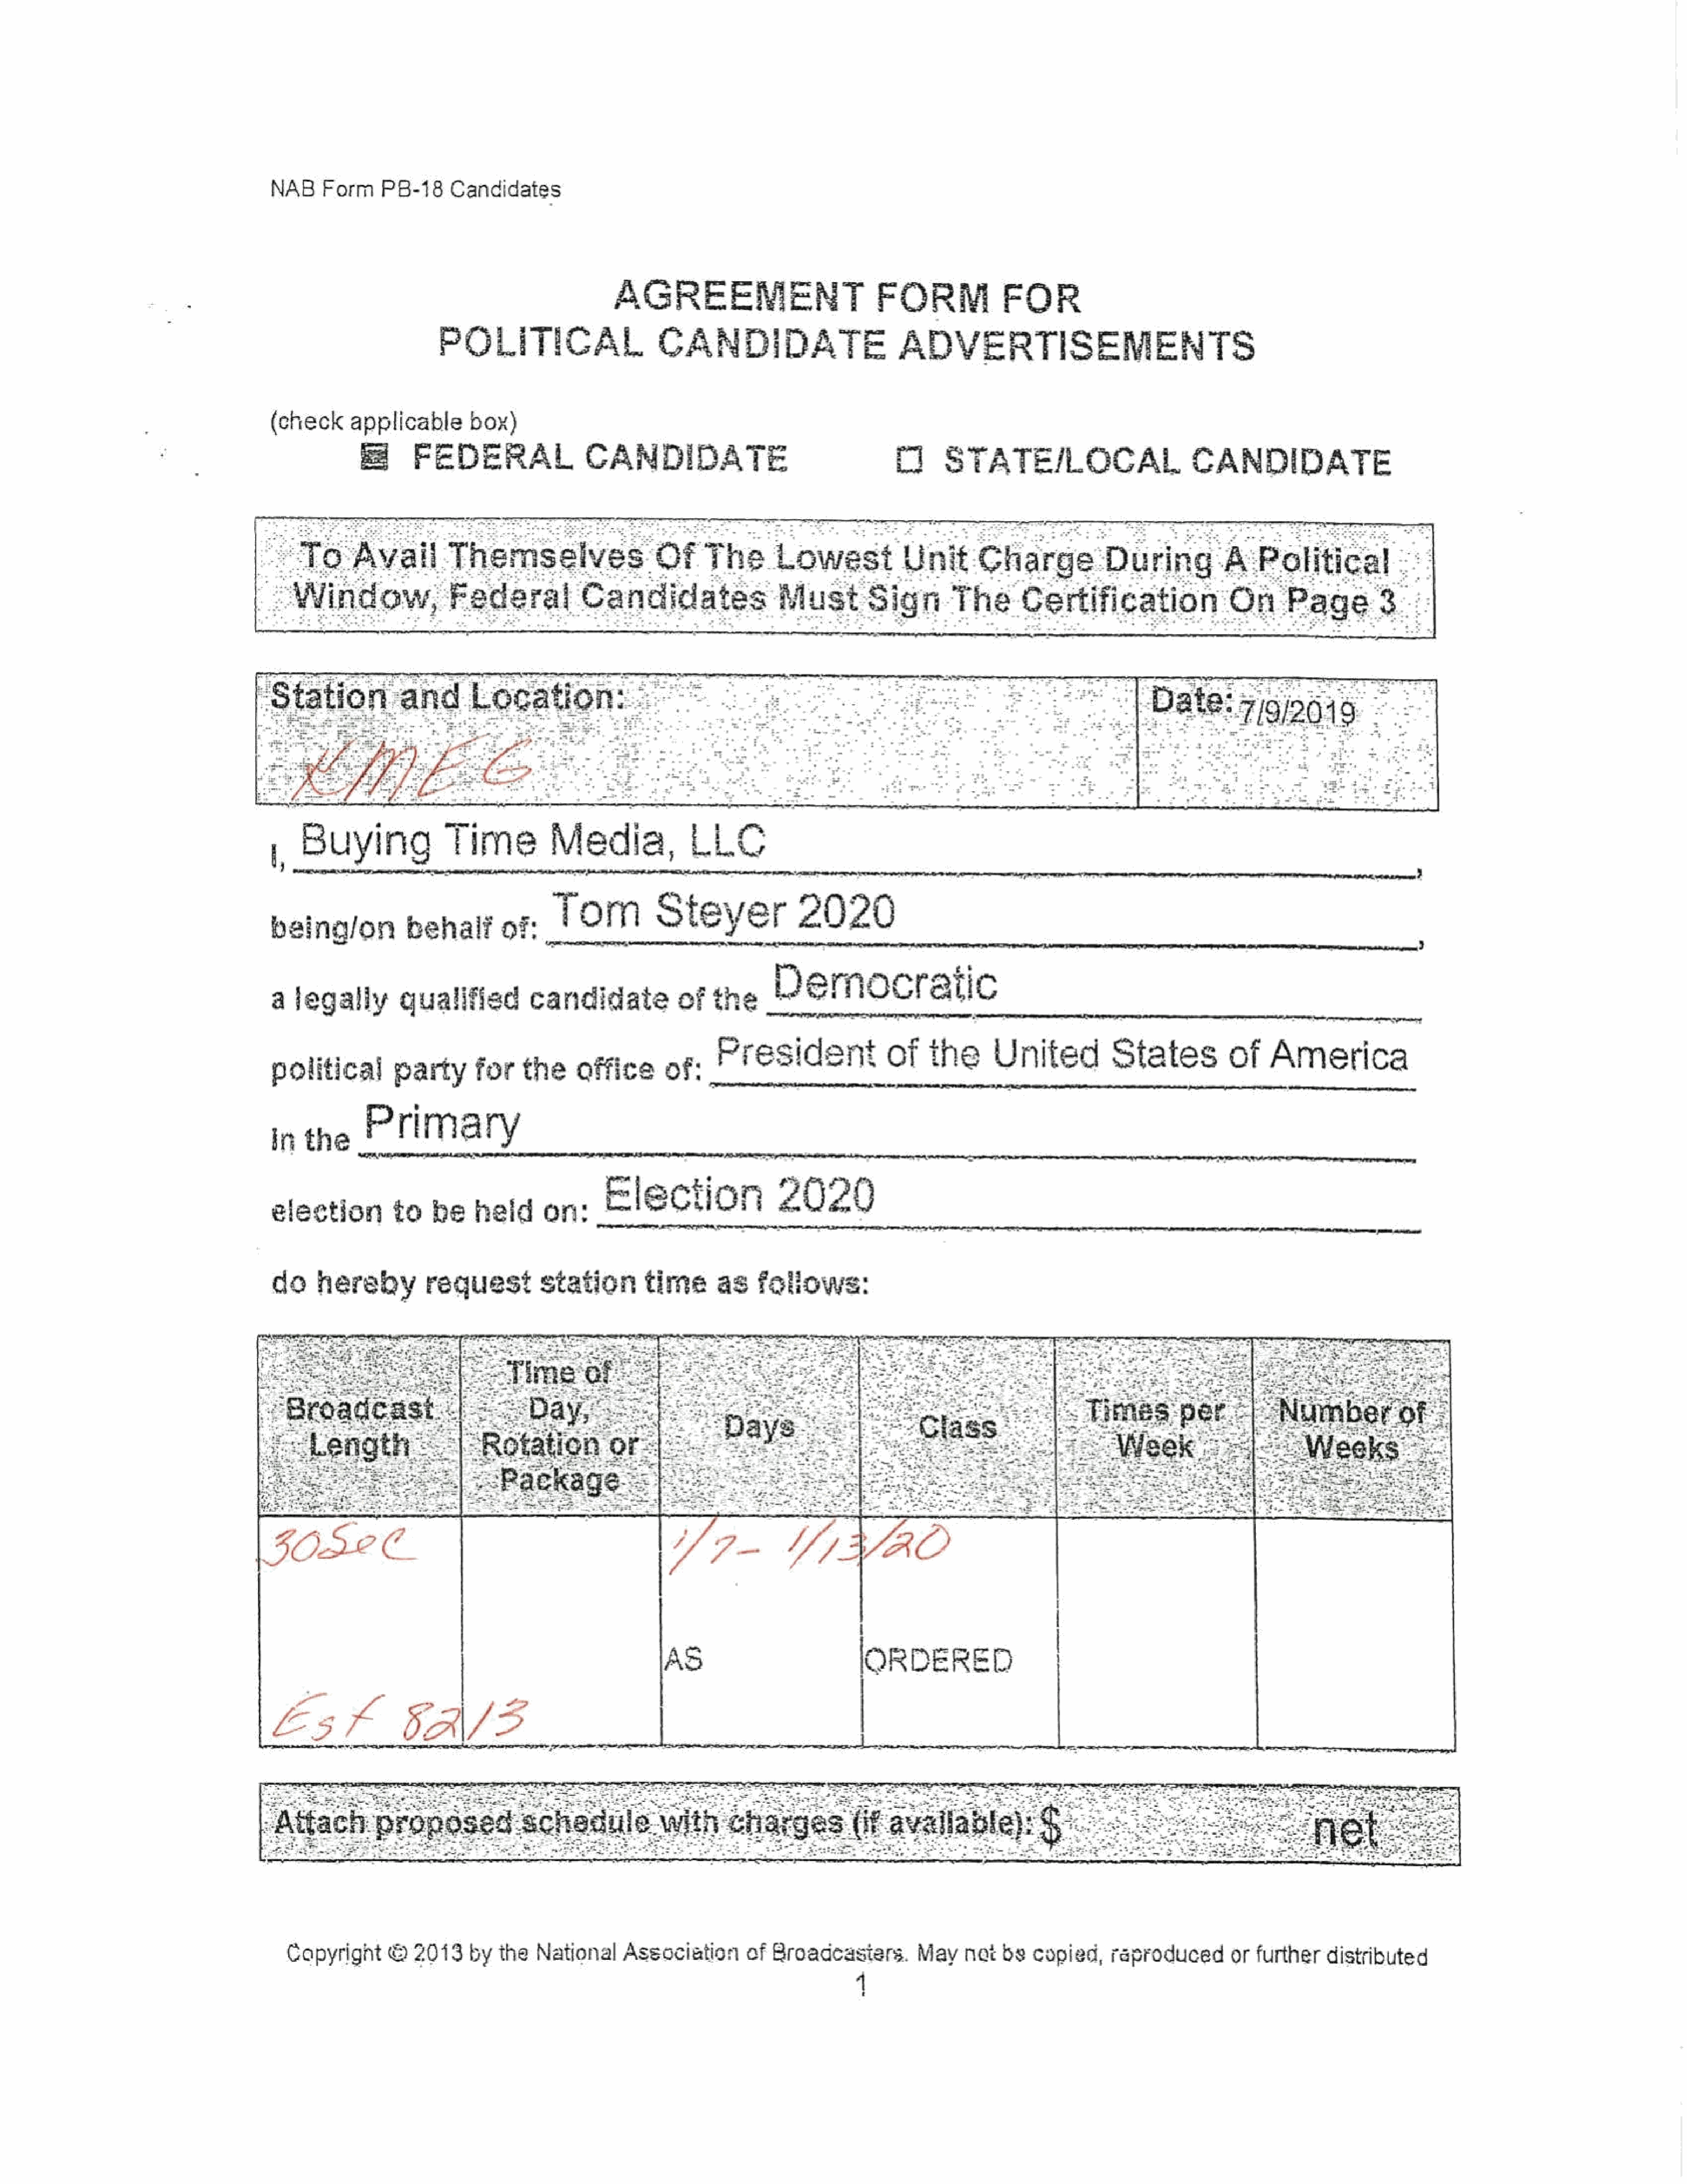
NAB    Form     PB-18    Candidates
 AGREEMENT
 FORM              FOR
 POLITICAL                      CANDIDATE                          ADVERTISEMENTS
 (check     applicable       box)
 FEDERAL                  CANDIDATE                                   fl     STATE/LOCAL                        CANDIDATE
 : oT6:       Avail        Themselves:                   Of     The.      Lowest            Unit       Charge            During           APolitical                  :
 “Window,                Federal            Candidates                  Must         Sign        The       Certification                 On      Page         Beh
 ,   Buying               Time           MMiedia,            L| LC
 being/on           behalf        of:   Jom             Steyer              2020
 a  legally        qualified          candidate            of   the      Pemmocratic
 _
 political        party       for    the    officeof:            President               of    the      United           States           of    America
 inthe        Primary
 election         to    be    held      on:    Election                  2020
 do    hereby          request         station        time       as   follows:
 1
 |
 loRDERED                    }
 Est                SASS
 Capyright     ©   2013    by  the   National    Association       of  Broadcasters.       May    nat  bs   copied,    raproducedorfurtherdistributed
 4